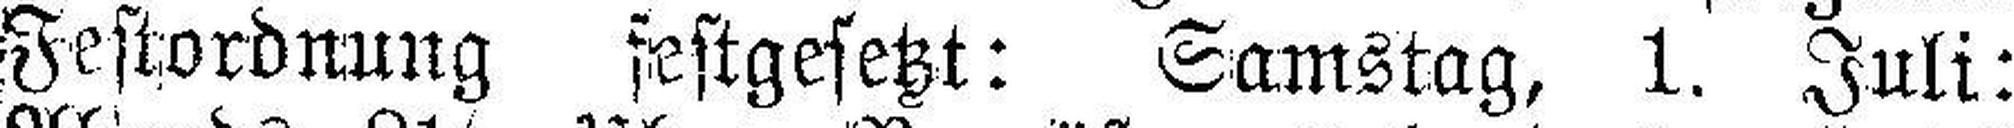
Festordnung festgesetzt: Samstag, 1. Juli: